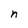
Character: n